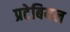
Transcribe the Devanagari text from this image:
प्रटेबियल